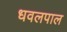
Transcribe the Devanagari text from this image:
धवलपाल